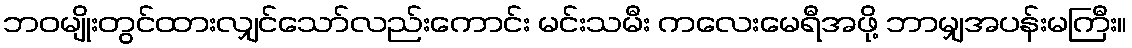
ဘဝမျိုးတွင်ထားလျှင်သော်လည်းကောင်း မင်းသမီး ကလေးမေရီအဖို့ ဘာမျှအပန်းမကြီး။